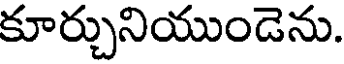
కూర్చునియుండెను.